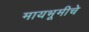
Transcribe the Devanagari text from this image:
मायभूमीचे